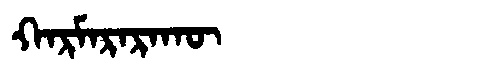
Manchu: ᡴᠠᡵᠮᠠᡵᠠᡵᠠᡴᡡ
Romanization: KARMARARAKŪ